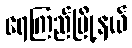
ရေကြည်မြို့နယ်